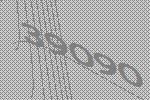
39090